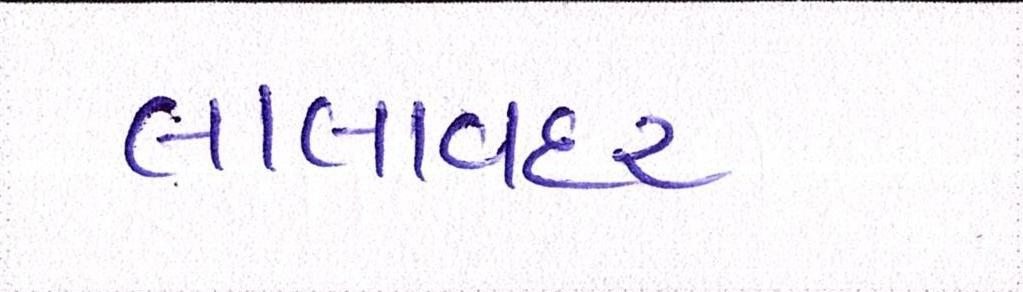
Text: લાલાવદર